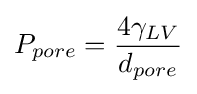
P_{pore}={\frac {4\gamma _{LV}}{d_{pore}}}